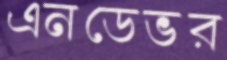
এনডেভর